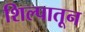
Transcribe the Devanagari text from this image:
शिल्पातून